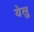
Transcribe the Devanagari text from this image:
येलु